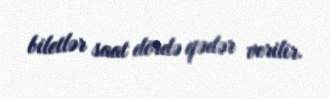
biletlər saat dördə qədər verilir.